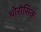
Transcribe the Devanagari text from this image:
थोरोसिक